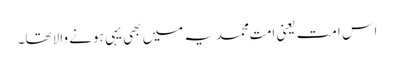
اس امت یعنی امتِ محمدیہ میں بھی یہی ہونے والا تھا۔